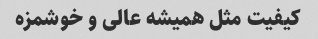
کیفیت مثل همیشه عالی و خوشمزه